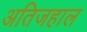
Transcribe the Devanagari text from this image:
अतिजहाल